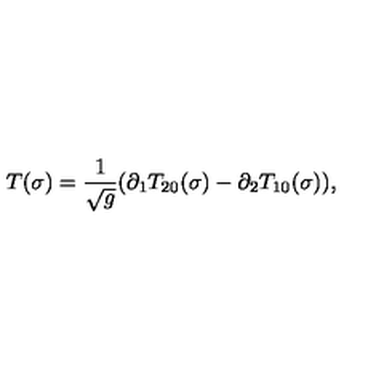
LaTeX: T ( \sigma ) = \frac { 1 } { \sqrt { g } } ( \partial _ { 1 } T _ { 2 0 } ( \sigma ) - \partial _ { 2 } T _ { 1 0 } ( \sigma ) ) ,